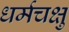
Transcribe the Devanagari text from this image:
धर्मचक्षु